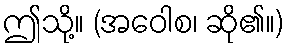
ဤသို့။ (အဝေါစ၊ ဆို၏။)